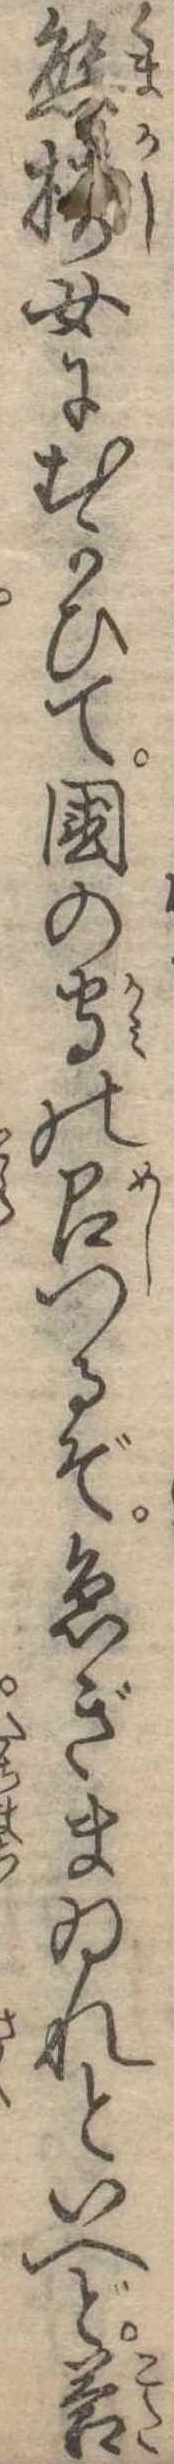
熊梼女にむかひて国の守の召つるぞ急ぎまゐれといへど答